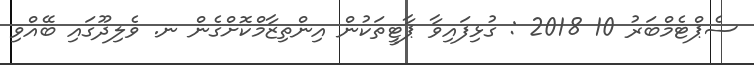
ސެޕްޓެމްބަރު 10 2018 : ގުޅިފައިވާ ޕާޓީތަކުން އިންތިޒާމްކޮށްގެން ނ. ވެލިދޫގައި ބޭއްވި